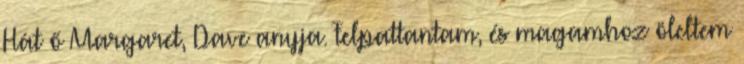
Hát ő Margaret, Dave anyja. Felpattantam, és magamhoz öleltem